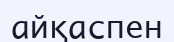
айқаспен